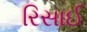
રિસાઈ